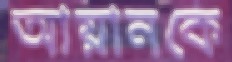
আয়ানকে